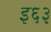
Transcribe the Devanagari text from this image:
इ६३